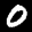
Label: 0